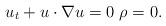
LaTeX: \begin{align*} u_t+ u\cdot \nabla u=0 \ \rho=0.\end{align*}